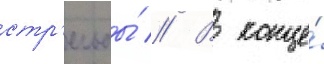
стр'ельбы́ // В конце́